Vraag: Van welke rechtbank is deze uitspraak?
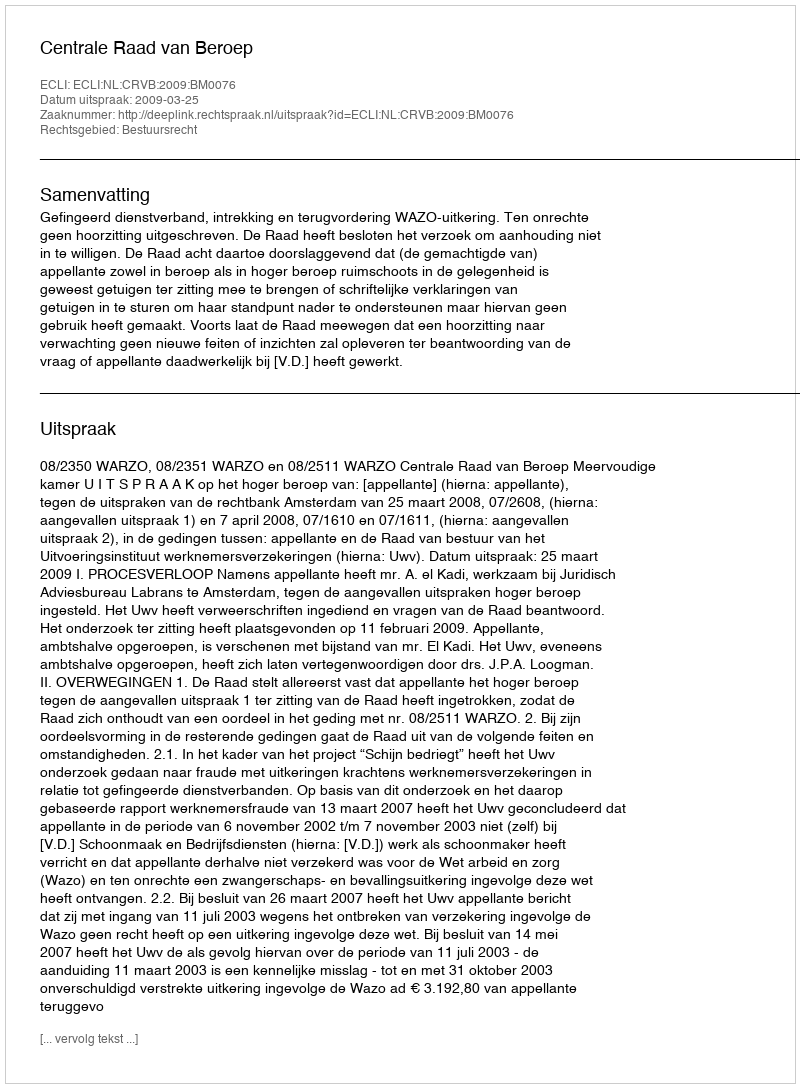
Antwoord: Centrale Raad van Beroep